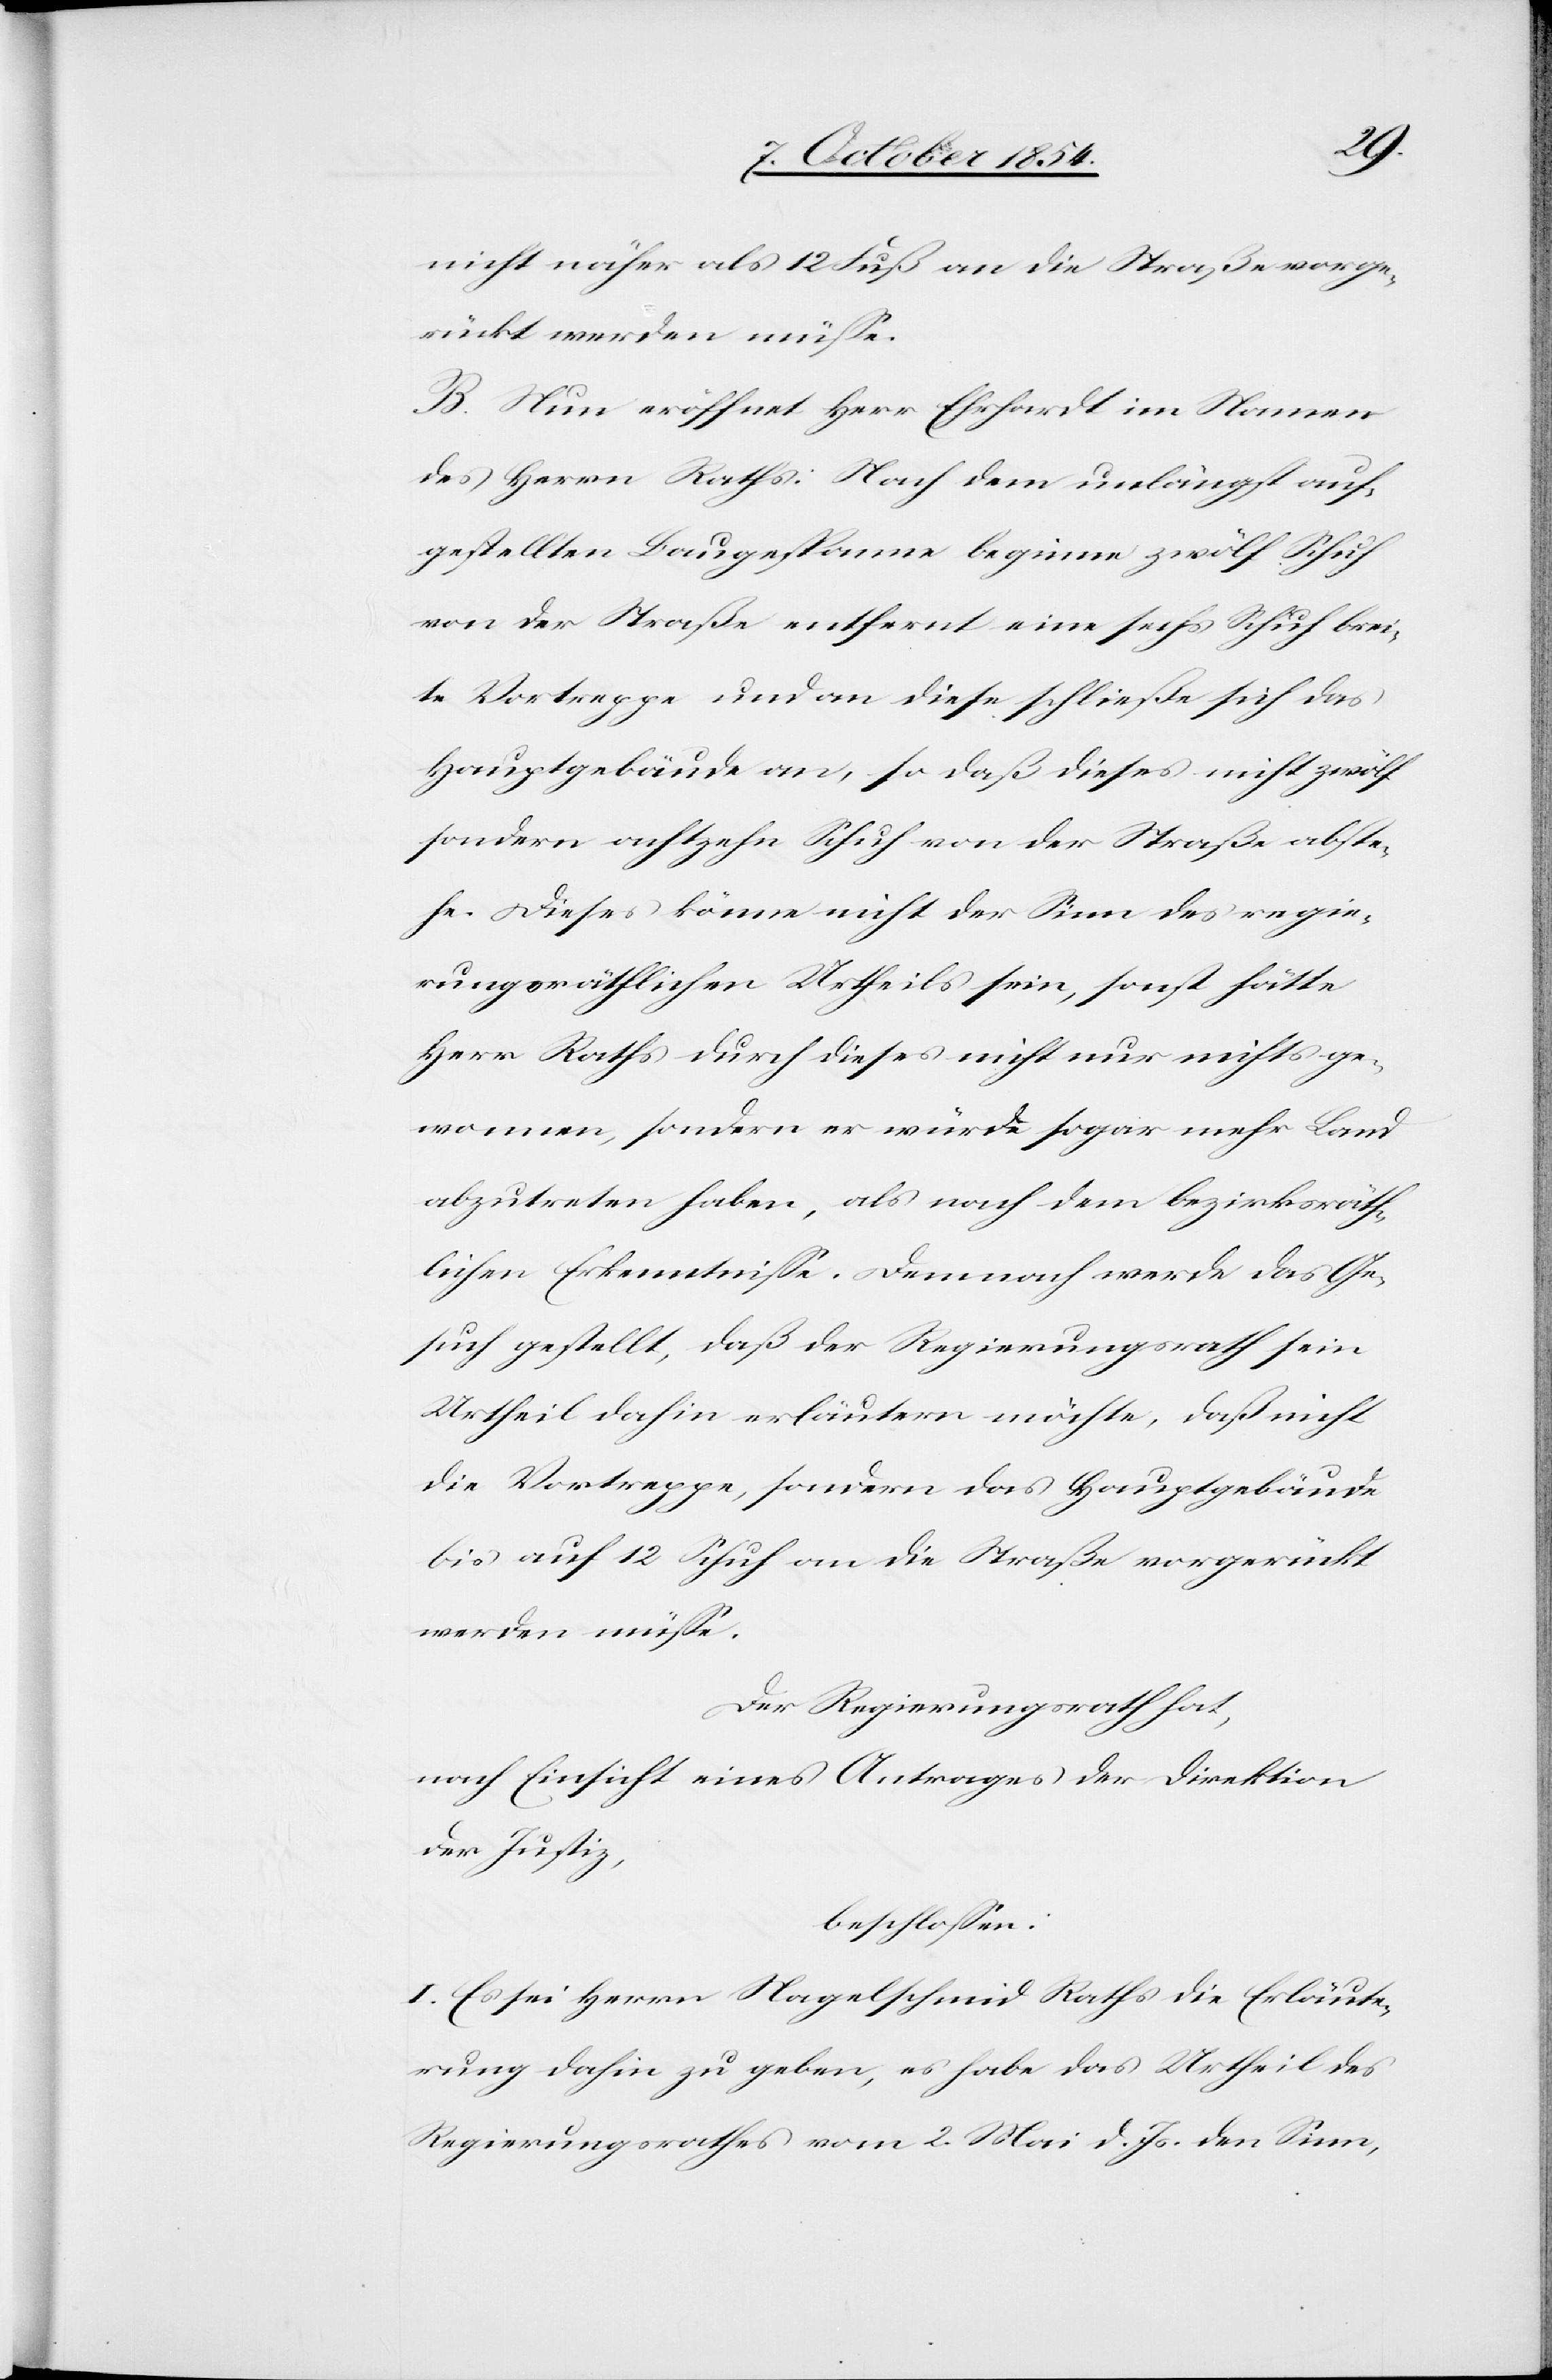
nicht näher als 12 Fuß an die Straße vorge¬
rückt werden müße.
B. Nun eröffnet Herr Ehrhardt im Namen
des Herrn Raths: Nach dem unlängst auf¬
gestellten Baugespanne beginne zwölf Schuh
von der Straße entfernt eine sechs Schuh brei¬
te Vortreppe und an diese schließe sich das
Hauptgebäude an, so daß dieses nicht zwölf
sondern achtzehn Schuh von der Straße abste¬
he. Dieses könne nicht der Sinn des regie¬
rungsräthlichen Urtheils sein, sonst hätte
Herr Raths durch dieses nicht nur nichts ge¬
wonnen, sondern er würde sogar mehr Land
abzutreten haben, als nach dem bezirksräth¬
lichen Erkenntniße. Demnach werde das Ge¬
such gestellt, daß der Regierungsrath sein
Urtheil dahin erläutern möchte, daß nicht
die Vortreppe, sondern das Hauptgebäude
bis auf 12 Schuh an die Straße vorgerückt
werden müße.
Der Regierungsrath hat,
nach Einsicht eines Antrages der Direktion
der Justiz,
beschloßen:
I. Es sei Herrn Nagelschmid Raths die Erläute¬
rung dahin zu geben, es habe das Urtheil des
Regierungsrathes vom 2. Mai d. Js. den Sinn,